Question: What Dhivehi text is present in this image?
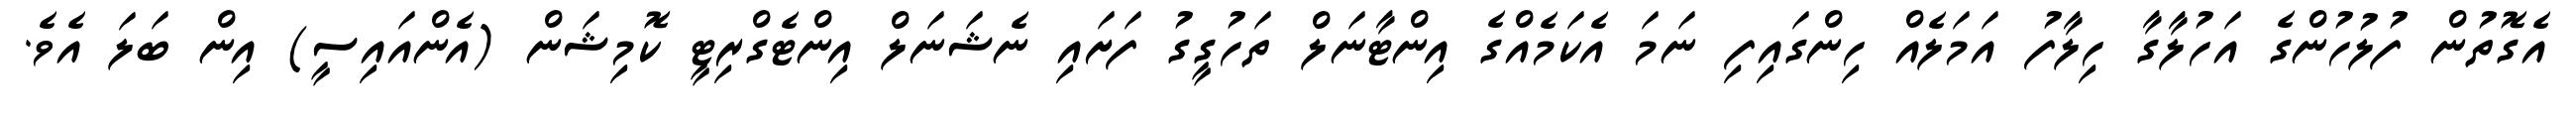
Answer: އެގޮތުން ފުލުހުންގެ އަހުލާގާ ހިލާފު އަމަލެއް ހިންގައިފި ނަމަ އެކަމެއްގެ އިންޓާނަލް ތަހުގީގު ފަށައި ނެޝަނަލް އިންޓެގްރިޓީ ކޮމިޝަން (އެންއައިސީ) އިން ބަލަ އެވެ.